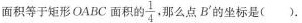
面积等于矩形OABC面积的\frac{1}{4}，那么点B'的坐标是()。